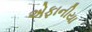
એફાનીયા